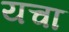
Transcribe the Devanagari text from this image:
यचा